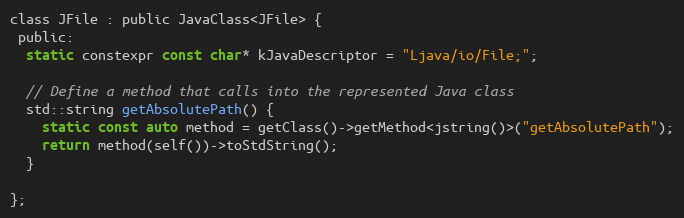
Language: C
class JFile : public JavaClass<JFile> {
 public:
  static constexpr const char* kJavaDescriptor = "Ljava/io/File;";

  // Define a method that calls into the represented Java class
  std::string getAbsolutePath() {
    static const auto method = getClass()->getMethod<jstring()>("getAbsolutePath");
    return method(self())->toStdString();
  }

};